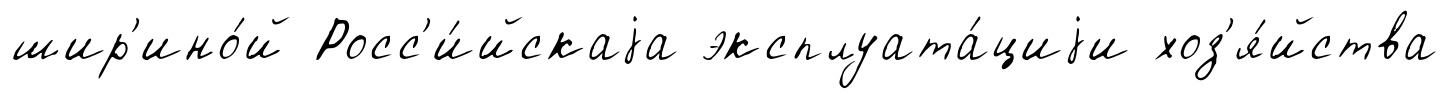
шир'ино́й Росс'и́йскаjа эксплуата́циjи хоз'я́йства